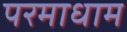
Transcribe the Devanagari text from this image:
परमाधाम